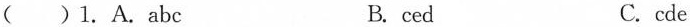
( )1.A. Abc B. ced C. cde